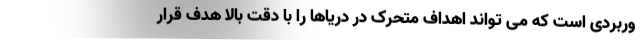
وربردی است که می تواند اهداف متحرک در دریاها را با دقت بالا هدف قرار